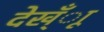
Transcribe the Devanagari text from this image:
देख्ँाू